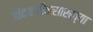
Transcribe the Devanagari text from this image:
विद्यापीठासारख्या